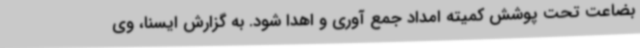
بضاعت تحت پوشش کمیته امداد جمع آوری و اهدا شود. به گزارش ایسنا، وی